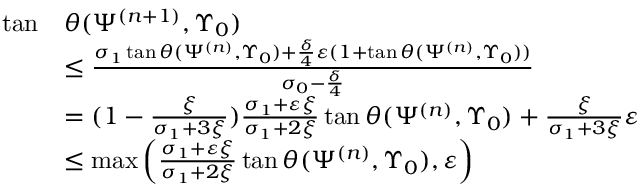
\begin{array} { r l } { \tan } & { \theta ( \Psi ^ { ( n + 1 ) } , \Upsilon _ { 0 } ) } \\ & { \leq \frac { \sigma _ { 1 } \tan \theta ( \Psi ^ { ( n ) } , \Upsilon _ { 0 } ) + \frac { \delta } { 4 } \varepsilon ( 1 + \tan \theta ( \Psi ^ { ( n ) } , \Upsilon _ { 0 } ) ) } { \sigma _ { 0 } - \frac { \delta } { 4 } } } \\ & { = ( 1 - \frac { \xi } { \sigma _ { 1 } + 3 \xi } ) \frac { \sigma _ { 1 } + \varepsilon \xi } { \sigma _ { 1 } + 2 \xi } \tan \theta ( \Psi ^ { ( n ) } , \Upsilon _ { 0 } ) + \frac { \xi } { \sigma _ { 1 } + 3 \xi } \varepsilon } \\ & { \leq \operatorname* { m a x } \left( \frac { \sigma _ { 1 } + \varepsilon \xi } { \sigma _ { 1 } + 2 \xi } \tan \theta ( \Psi ^ { ( n ) } , \Upsilon _ { 0 } ) , \varepsilon \right) } \end{array}